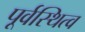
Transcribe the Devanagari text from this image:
पूर्वस्थित्व